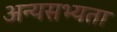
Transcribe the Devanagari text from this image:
अन्यसभ्यता